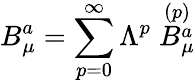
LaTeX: B_{\mu}^{a}=\sum_{p=0}^{\infty}\Lambda^{p}\stackrel{(p)}{B_{\mu}^{a}}